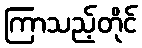
ကြာသည့်တိုင်